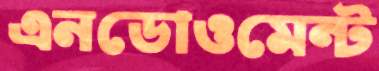
এনডোওমেন্ট